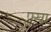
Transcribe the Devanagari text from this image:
फ्ख्रा